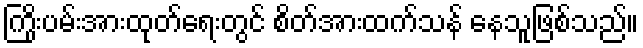
ကြိုးပမ်းအားထုတ်ရေးတွင် စိတ်အားထက်သန် နေသူဖြစ်သည်။